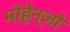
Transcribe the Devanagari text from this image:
मोहेन्जो